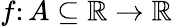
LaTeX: f\colon A\subseteq\mathbb{R}\to\mathbb{R}